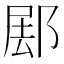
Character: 𰻰